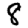
Digit: 8